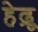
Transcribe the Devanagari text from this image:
हेद्रू